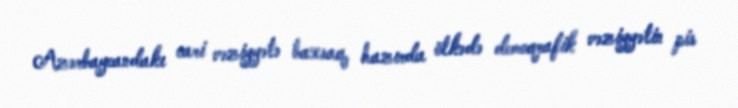
Azərbaycandakı cari vəziyyətə baxsaq, hazırda ölkədə demoqrafik vəziyyətin pis